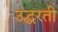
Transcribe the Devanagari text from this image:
उद्धरती